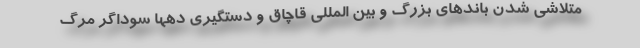
متلاشی شدن باندهای بزرگ و بین المللی قاچاق و دستگیری دهها سوداگر مرگ